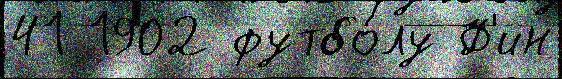
41 1902 футбо́лу Ф'ин